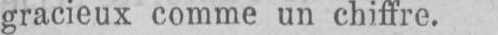
gracieux comme un chiffre.